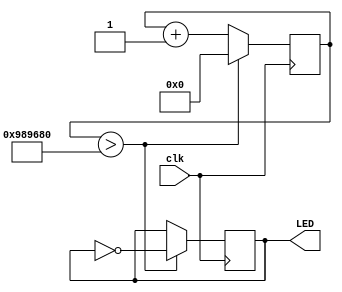
module Blink (clk, LED);

input clk;
output LED;

reg [31:0] counter;
reg LED_status;

initial begin
counter <= 32'b0;
LED_status <= 1'b0;
end

always @ (posedge clk) 
begin
counter <= counter + 1'b1;
if (counter > 10000000)
begin
LED_status <= !LED_status;
counter <= 32'b0;
end


end

assign LED = LED_status;

endmodule